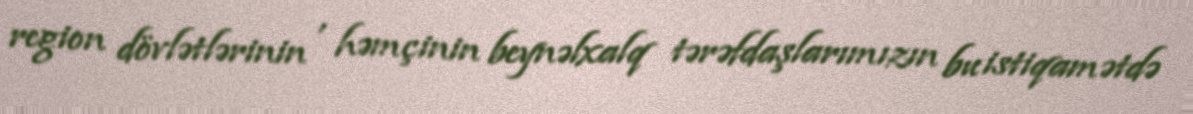
region dövlətlərinin , həmçinin beynəlxalq tərəfdaşlarımızın bu istiqamətdə